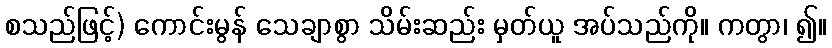
စသည်ဖြင့်) ကောင်းမွန် သေချာစွာ သိမ်းဆည်း မှတ်ယူ အပ်သည်ကို။ ကတွာ၊ ၍။